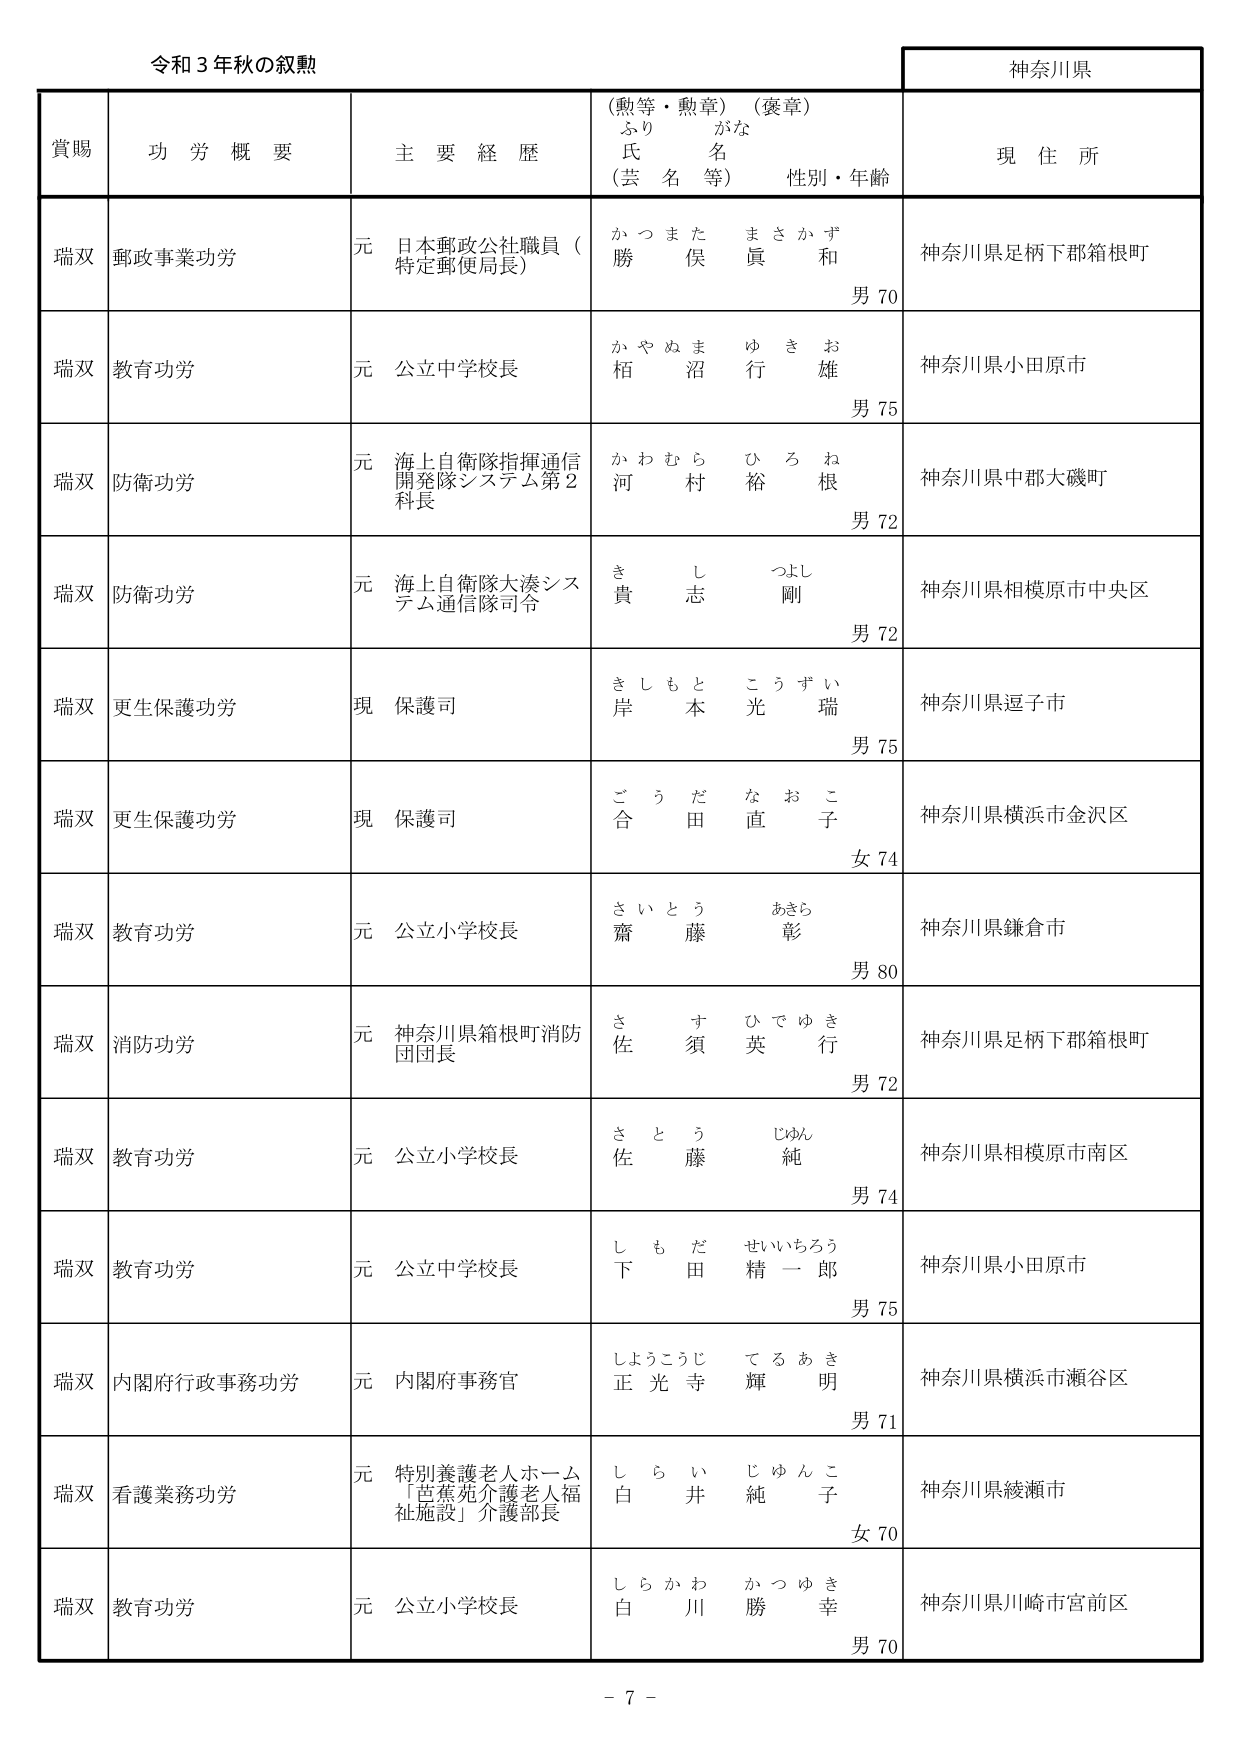
令和３年秋の叙勲

神奈川県

賞賜　功労概要　主要経歴　（勲等・勲章）（褒章）　現住所
　　　　　　　　　　　ふりがな
　　　　　　　　　　　氏名（芸名等）　性別・年齢

瑞双　郵政事業功労　元　日本郵政公社職員（特定郵便局長）　かつまた　まさかず　勝俣　眞和　男70　神奈川県足柄下郡箱根町

瑞双　教育功労　元　公立中学校長　かやぬま　ゆきお　栢沼　行雄　男75　神奈川県小田原市

瑞双　防衛功労　元　海上自衛隊指揮通信開発隊システム第2科長　かわむら　ひろね　河村　裕根　男72　神奈川県中郡大磯町

瑞双　防衛功労　元　海上自衛隊大湊システム通信隊司令　きし　つよし　貴志　剛　男72　神奈川県相模原市中央区

瑞双　更生保護功労　現　保護司　きしもと　こうずい　岸本　光瑞　男75　神奈川県逗子市

瑞双　更生保護功労　現　保護司　ごうだ　なおこ　合田　直子　女74　神奈川県横浜市金沢区

瑞双　教育功労　元　公立小学校長　さいとう　あきら　齋藤　彰　男80　神奈川県鎌倉市

瑞双　消防功労　元　神奈川県箱根町消防団団長　さす　ひでゆき　佐須　英行　男72　神奈川県足柄下郡箱根町

瑞双　教育功労　元　公立小学校長　さとう　じゅん　佐藤　純　男74　神奈川県相模原市南区

瑞双　教育功労　元　公立中学校長　しもだ　せいいちろう　下田　精一郎　男75　神奈川県小田原市

瑞双　内閣府行政事務功労　元　内閣府事務官　しょうこうじ　てるあき　正光寺　輝明　男71　神奈川県横浜市瀬谷区

瑞双　看護業務功労　元　特別養護老人ホーム「芭蕉苑介護老人福祉施設」介護部長　しらい　じゅんこ　白井　純子　女70　神奈川県綾瀬市

瑞双　教育功労　元　公立小学校長　しらかわ　かつゆき　白川　勝幸　男70　神奈川県川崎市宮前区

－7－